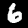
Digit: 6